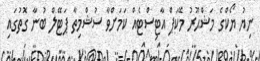
ނިޔު ޔޯކްގެ މަޝްޙޫރު މޭކަޕް އާޓިސްޓެއް ކަމަށްވާ ސުޝްމިތާ ޕަޓޭލް ބުނާ ގޮތުގައި